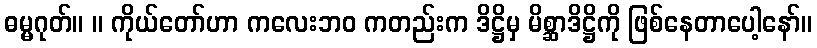
ဓမ္မဂုတ်။ ။ ကိုယ်တော်ဟာ ကလေးဘဝ ကတည်းက ဒိဋ္ဌိမှ မိစ္ဆာဒိဋ္ဌိကို ဖြစ်နေတာပေါ့နော်။